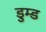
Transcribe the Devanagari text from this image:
डुम्ड